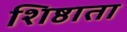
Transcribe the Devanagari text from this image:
शिष्ठाता